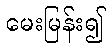
မေးမြန်း၍